Indian journal of veterinary science and animal husbandry - Volume 12,
Year: 1942
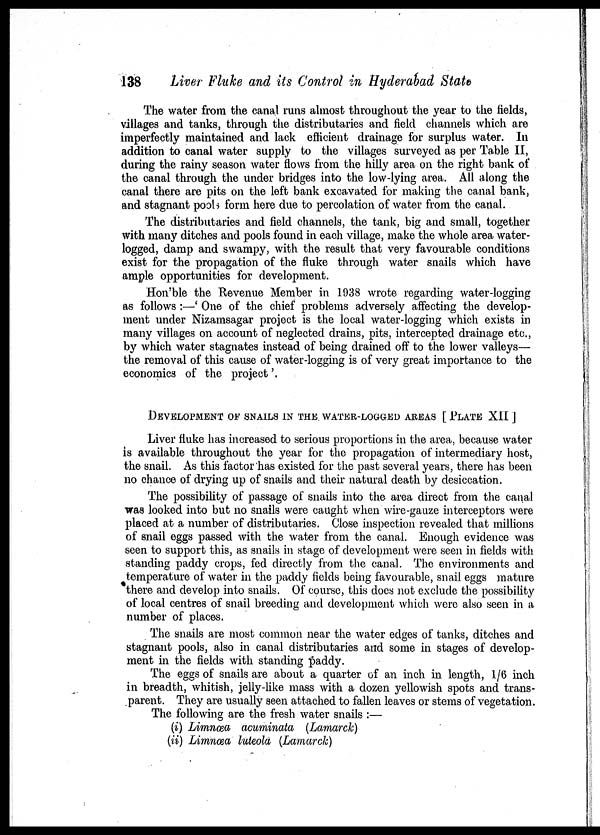
138
Liver Fluke and its Control in Hyderabad State
The water from the canal runs almost throughout the year to the fields,
villages and tanks, through the distributaries and field channels which are
imperfectly maintained and lack efficient drainage for surplus water. In
addition to canal water supply to the villages surveyed as per Table II,
during the rainy season water flows from the hilly area on the right bank of
the canal through the under bridges into the low-lying area. All along the
canal there are pits on the left bank excavated for making the canal bank,
and stagnant pools form here due to percolation of water from the canal.
The distributaries and field channels, the tank, big and small, together
with many ditches and pools found in each village, make the whole area water-
logged, damp and swampy, with the result that very favourable conditions
exist for the propagation of the fluke through water snails which have
ample opportunities for development.
Hon'ble the Revenue Member in 1938 wrote regarding water-logging
as follows :—' One of the chief problems adversely affecting the develop-
ment under Nizamsagar project is the local water-logging which exists in
many villages on account of neglected drains, pits, intercepted drainage etc.,
by which water stagnates instead of being drained off to the lower valleys—
the removal of this cause of water-logging is of very great importance to the
economics of the project '.
DEVELOPMENT OF SNAILS IN THE. WATER-LOGGED AREAS [ PLATE XII ]
Liver fluke has increased to serious proportions in the area, because water
is available throughout the year for the propagation of intermediary host,
the snail. As this factor has existed for the past several years, there has been
no chance of drying up of snails and their natural death by desiccation.
The possibility of passage of snails into the area direct from the canal
was looked into but no snails were caught when wire-gauze interceptors were
placed at a number of distributaries. Close inspection revealed that millions
of snail eggs passed with the water from the canal. Enough evidence was
seen to support this, as snails in stage of development were seen in fields with
standing paddy crops, fed directly from the canal. The environments and
temperature of water in the paddy fields being favourable, snail eggs mature
there and develop into snails. Of course, this does not exclude the possibility
of local centres of snail breeding and development which were also seen in a
number of places.
The snails are most common near the water edges of tanks, ditches and
stagnant pools, also in canal distributaries and some in stages of develop-
ment in the fields with standing paddy.
The eggs of snails are about a quarter of an inch in length, 1/6 inch
in breadth, whitish, jelly-like mass with a dozen yellowish spots and trans-
parent. They are usually seen attached to fallen leaves or stems of vegetation.
The following are the fresh water snails :—
(i) Limnœa acuminata (Lamarck)
(ii) Limnœa luteola (Lamarck)